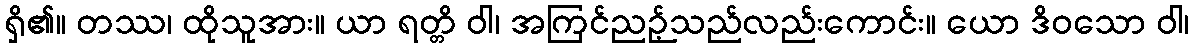
ရှိ၏။ တဿ၊ ထိုသူအား။ ယာ ရတ္တိ ဝါ၊ အကြင်ညဉ့်သည်လည်းကောင်း။ ယော ဒိဝသော ဝါ၊